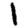
Digit: 1